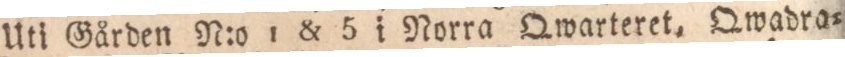
Uti Gården N:o 1 & 5 i Norra Qwarteret, Qwadra=